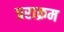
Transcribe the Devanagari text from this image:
प्रराक्रम